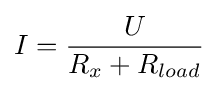
I={\frac {U}{R_{x}+R_{load}}}